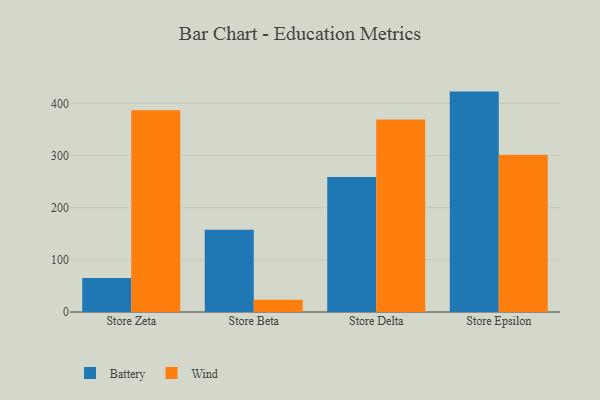
{"axis": {"x": "Store", "y": "LTV (USD)"}, "legend": ["Battery", "Wind"], "data": [{"x": "Store Zeta", "y": 65.4, "type": "Battery"}, {"x": "Store Zeta", "y": 386.9, "type": "Wind"}, {"x": "Store Beta", "y": 157.8, "type": "Battery"}, {"x": "Store Beta", "y": 23.7, "type": "Wind"}, {"x": "Store Delta", "y": 259.0, "type": "Battery"}, {"x": "Store Delta", "y": 368.8, "type": "Wind"}, {"x": "Store Epsilon", "y": 422.5, "type": "Battery"}, {"x": "Store Epsilon", "y": 301.3, "type": "Wind"}]}